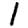
Digit: 1